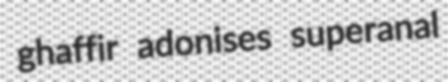
ghaffir adonises superanal